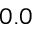
0 . 0